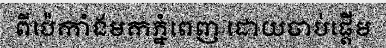
ពីប៉េកាំងមកភ្នំពេញ ដោយចាប់ផ្តើម